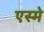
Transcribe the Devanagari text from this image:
एस्मे